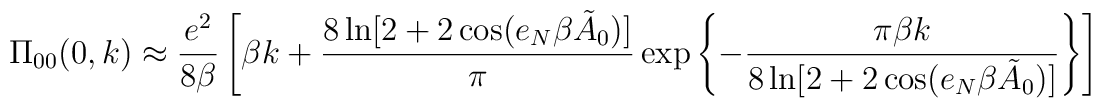
\Pi_{00}  (0,k) \approx \frac{e^2}{8 \beta}  \left[  \beta k + \frac{8\ln  [2 + 2  \cos  (e_{N} \beta \tilde{A}_0  )]}{\pi}  \exp \left\{ {-\frac{\pi \beta k}{8  \ln [2 +  2  \cos (e_{N} \beta \tilde{A}_0  )]}}\right\} \right]